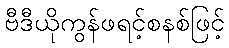
ဗီဒီယိုကွန်ဖရင့်စနစ်ဖြင့်